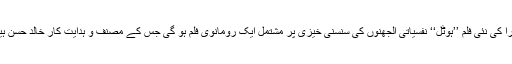
میرا کی نئی فلم ’’ہوٹل‘‘ نفسیاتی الجھنوں کی سنسنی خیزی پر مشتمل ایک رومانوی فلم ہو گی جس کے مصنف و ہدایت کار خالد حسن ہیں۔